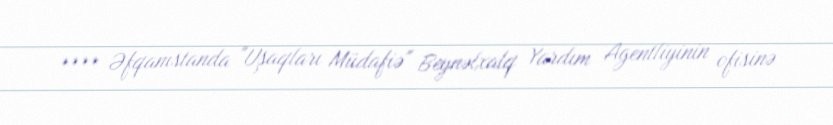
**** Əfqanıstanda "Uşaqları Müdafiə" Beynəlxalq Yardım Agentliyinin ofisinə